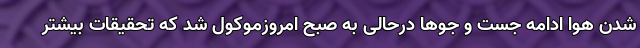
شدن هوا ادامه جست و جو‌ها درحالی به صبح امروزموکول شد که تحقیقات بیشتر